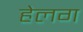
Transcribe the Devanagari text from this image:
हेलग